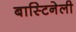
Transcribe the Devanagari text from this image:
बास्टिनेली